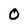
Character: O